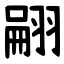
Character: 翤